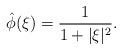
LaTeX: \begin{align*} \hat{\phi}(\xi) = \frac{1}{1+|\xi|^2}. \end{align*}